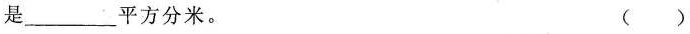
是___平方分米。 （）